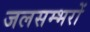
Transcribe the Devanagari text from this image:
जलसम्भरों